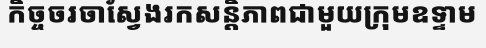
កិច្ចចរចាស្វែងរកសន្តិភាពជាមួយក្រុមឧទ្ទាម